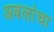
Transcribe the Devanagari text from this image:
अबलांचा